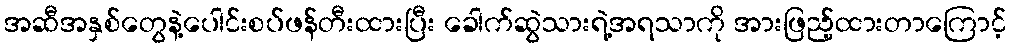
အဆီအနှစ်တွေနဲ့ပေါင်းစပ်ဖန်တီးထားပြီး ခေါက်ဆွဲသားရဲ့အရသာကို အားဖြည့်ထားတာကြောင့်